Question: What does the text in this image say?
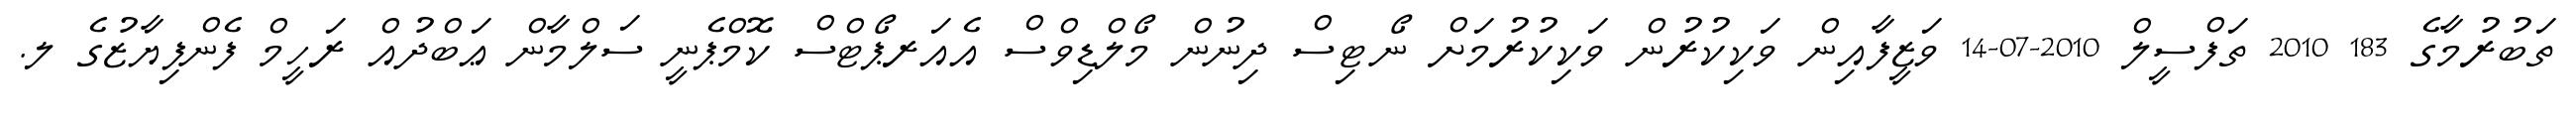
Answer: ތަބުރުމާގެ 183 2010 ތަފްސީލް 2010-07-14 ވަޒީފާއިން ވަކިކުރުން ވަކިކުރުމަށް ނޯޓިސް ދިނުން މޯލްޑިވްސް އެއަރޕޯޓްސް ކޮމްޕެނީ ސަލްމާން ޢަބްދުއް ރަހީމް ފެންފިޔާޒުގެ ލ.